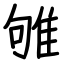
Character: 雊